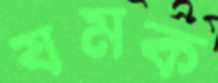
যমক